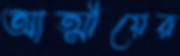
আত্মীয়ের